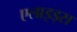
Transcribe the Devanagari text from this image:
एलाइड्स